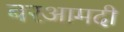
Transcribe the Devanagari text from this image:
बरआमदी